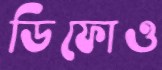
ডিফোও